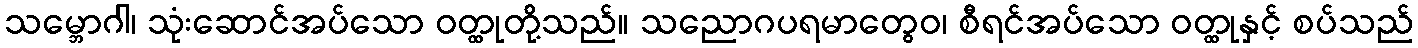
သမ္ဘောဂါ၊ သုံးဆောင်အပ်သော ဝတ္ထုတို့သည်။ သညောဂပရမာတွေဝ၊ စီရင်အပ်သော ဝတ္ထုနှင့် စပ်သည်